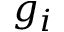
g _ { i }